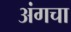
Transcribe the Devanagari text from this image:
अंगचा